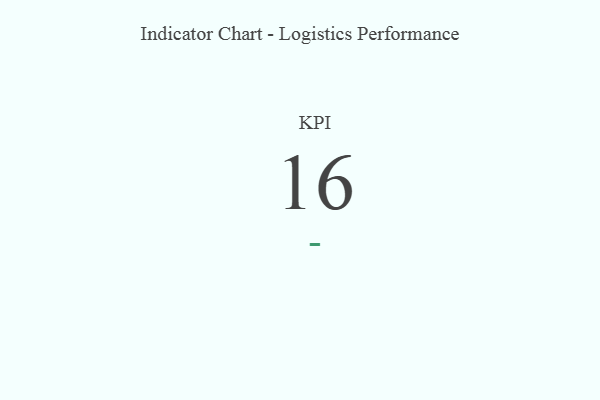
{"axis": {"x": "KPI", "y": "Value"}, "legend": [""], "data": [{"x": "KPI", "y": 16, "type": ""}]}